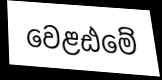
වෙළඪමේ